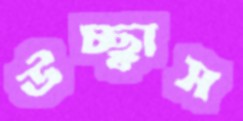
উচ্ছ্বাস